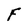
Character: F